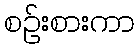
စဉ်းစားကာ